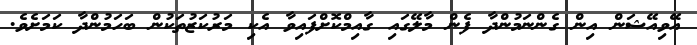
އޭވިއޭޝަން އިން ގެންނަމުންދާ ފެން މާލޭގައި ގާއިމްކޮށްފައިވާ އެކި މަރުކަޒުތަކުން ބަހަމުންދާ ކަމަށެވެ.